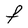
Character: F